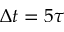
\Delta t = 5 \tau